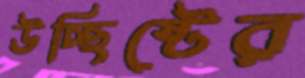
উচ্ছিষ্টের